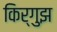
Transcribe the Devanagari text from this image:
किर्गुझ